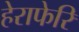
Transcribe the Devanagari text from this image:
हेराफेरि